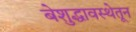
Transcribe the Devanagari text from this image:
बेशुद्धावस्थेतून